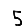
Digit: 5